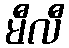
မီလီ